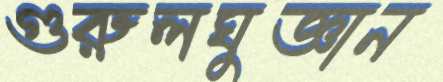
গুরুলঘুজ্ঞান